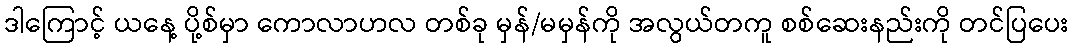
ဒါကြောင့် ယနေ့ ပို့စ်မှာ ကောလာဟလ တစ်ခု မှန်/မမှန်ကို အလွယ်တကူ စစ်ဆေးနည်းကို တင်ပြပေး